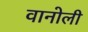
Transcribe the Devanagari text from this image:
वानोली